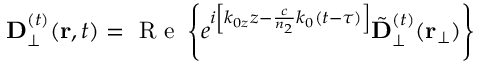
{ \bf D } _ { \perp } ^ { ( t ) } ( { \bf r } , t ) = \mathrm { ~ R ~ e ~ } \left\{ e ^ { i \left[ k _ { 0 z } z - \frac { c } { n _ { 2 } } k _ { 0 } ( t - \tau ) \right] } { \tilde { \bf D } } _ { \perp } ^ { ( t ) } ( { \bf r } _ { \perp } ) \right\}